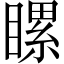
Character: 𥉹